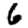
Digit: 6